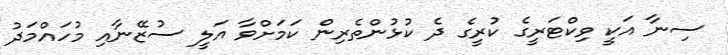
ސިނާ އަކީ ވިކްޓަރީގެ ކުރީގެ ދެ ކުޅުންތެރިން ކަމަށްވާ އަލީ ސުޒޭނާއި މުހައްމަދު